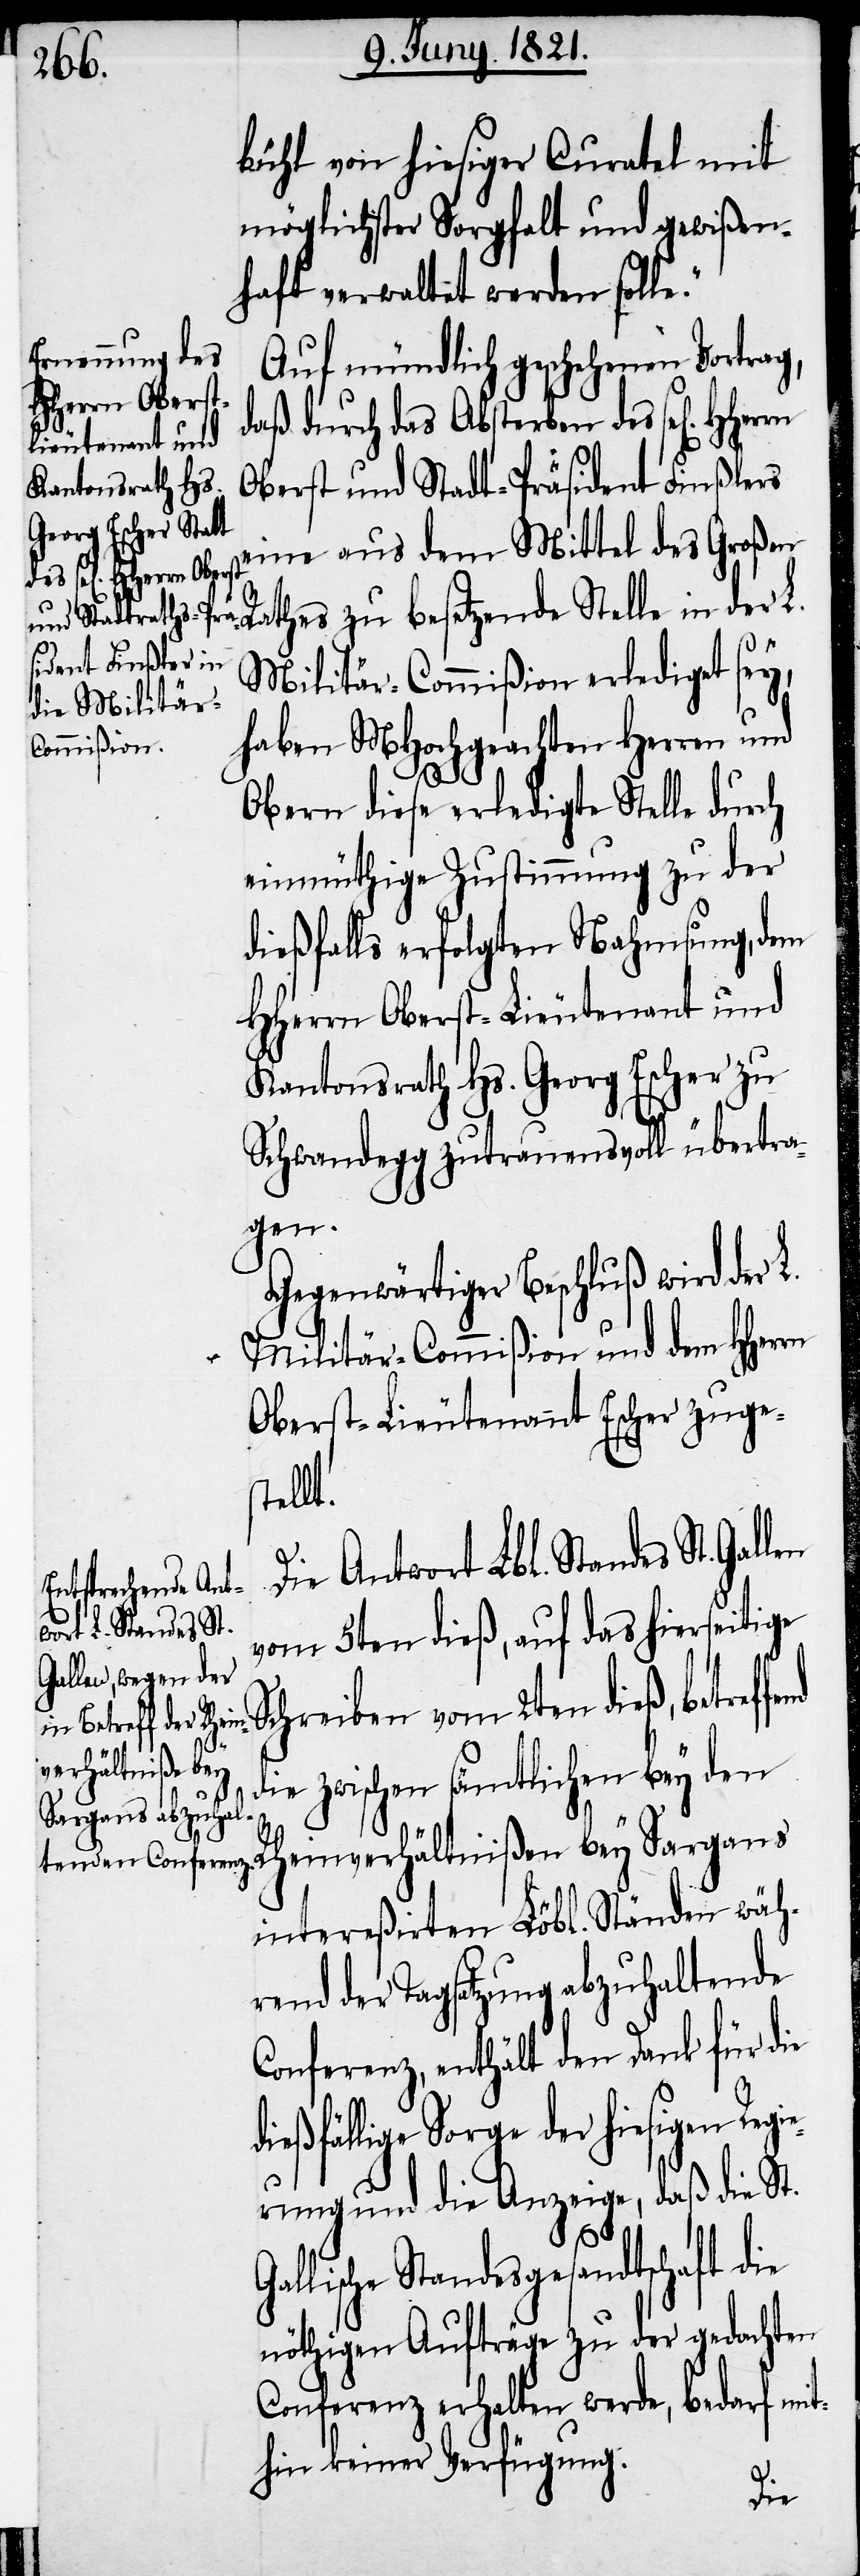
bühl von hiesiger Curatel mit
möglichster Sorgfalt und gewißen¬
haft verwaltet werden soll¬
Auf mündlich geschehenen Vortrag,
daß durch das Absterben des sel[igen]
Oberst und Stadt-Präsident Finßlers
eine aus dem Mittel des Großen
Rathes zu besetzenden Stelle in der L.
Militär-Commißion erledigt sey,
haben MHochgeachten Herren und
Obern diese erledigte Stelle durch
einmüthige Zustimmung zu der
dießfalls erfolgten Nahmsung, dem
HHerrn Oberst-Lieutenant und
Kantonsrath Hs. Georg Escher zu
Schwandegg zutrauensvoll übertra¬
gen.
Gegenwärtiger Beschluß wird der L.
Militär-Commißion und dem HHerrn
Oberst-Lieutenant Escher zuges¬
end
Die Antwort Lbl. Standes St.
vom 5ten dieß, auf das hierseitige
Schreiben vom 2ten dieß, betreff¬
die zwischen sämtlichen bey den
Rheinverhältnißen bey Sargans
intereßirten Löbl. Ständen wäh¬
rend der Tagsatzung abzuhaltende
Conferenz, enthält den Dank für die
dießfällige Sorge der hiesigen Regi¬
erung und die Anzeige, daß die St.
Gallische Standesgesandtschaft die
nöthigen Aufträge zu der gedachten
Conferenz erhalten werde, bedarf mit¬
hin keiner Verfügung.